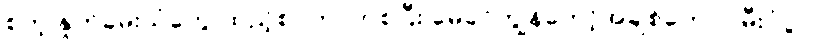
စတဲ့ နှုတ်ခမ်းသံတွေ ထည့်စပ်တာကစပြီး မေခင်ကျွန်တော့်အချစ်တော် ၊ မီးပုံပွဲ ၊